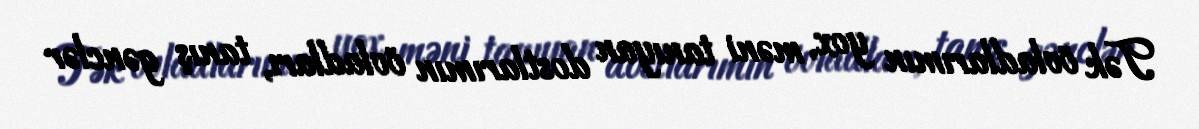
Tək övladlarımın yox, məni tanıyan dostlarımın övladları, tanış gənclər